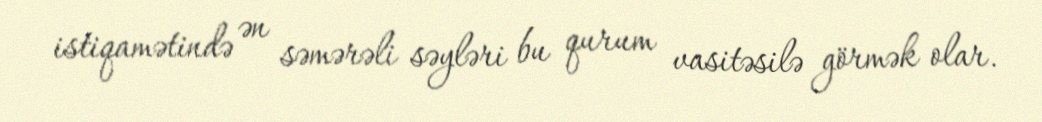
istiqamətində ən səmərəli səyləri bu qurum vasitəsilə görmək olar.